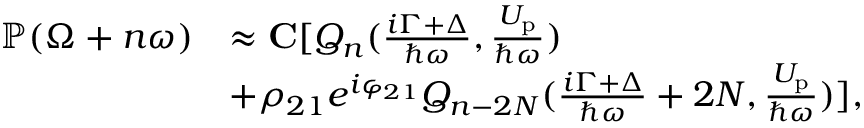
\begin{array} { r l } { \mathbb { P } ( \Omega + n \omega ) } & { \approx { \bf C } [ Q _ { n } ( \frac { i \Gamma + \Delta } { \hbar \omega } , \frac { U _ { \mathrm { p } } } { \hbar \omega } ) } \\ & { + \rho _ { 2 1 } e ^ { i \varphi _ { 2 1 } } Q _ { n - 2 N } ( \frac { i \Gamma + \Delta } { \hbar \omega } + 2 N , \frac { U _ { \mathrm { p } } } { \hbar \omega } ) ] , } \end{array}